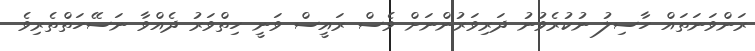
ރަންވަނަތައް ހާސިލު ނުކުރެވުނު ދަރިވަރުންނަށް ވެސް ރައީސް ވަނީ ހިތްވަރު ދެއްވާ ނަސޭހަތްތެރިވެ